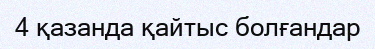
4 қазанда қайтыс болғандар